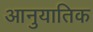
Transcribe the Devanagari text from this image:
आनुयातिक